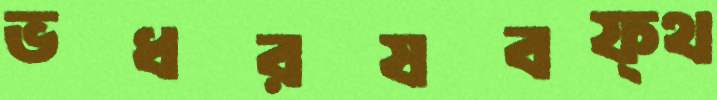
ভধরষবফ্থ